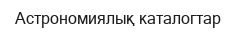
Астрономиялық каталогтар